Medical and sanitary report of the native army of Bengal for the year
Year: 1874
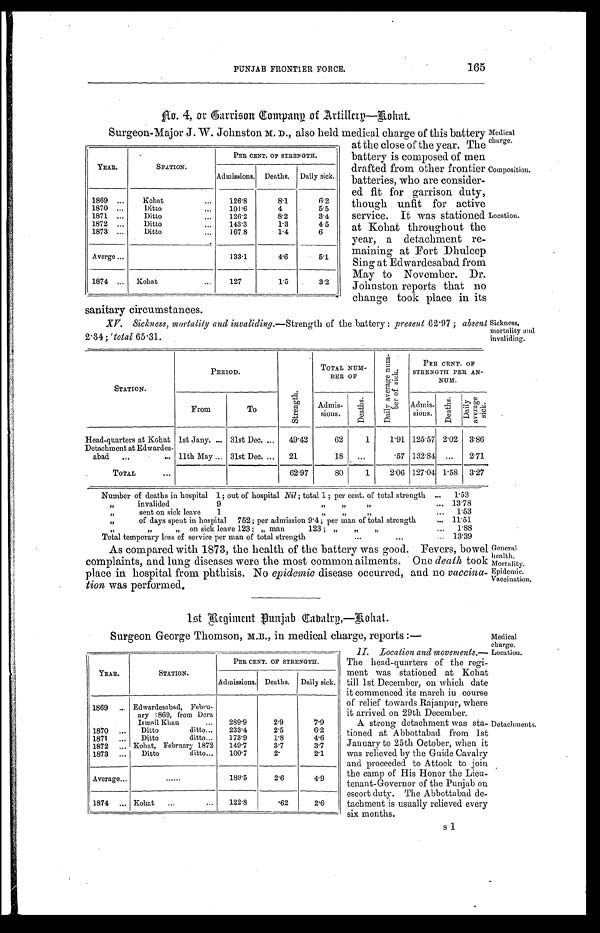
PUNJAB FRONTIER FORCE.
165
No. 4, or Garrison Company of Artillery-Kohat.
Surgeon-Major J. W. Johnston M. D., also held medical charge of this battery
at the close of the year. The
battery is composed of men
drafted from other frontier
batteries, who are consider-
ed fit for garrison duty,
though unfit for active
service. It was stationed
at Kohat throughout the
year, a detachment re-
maining at Fort Dhuleep
Sing at Edwardesabad from
May to November. Dr.
Johnston reports that no
change took place in its
sanitary circumstances.
XV. Sickness, mortality and invaliding.— Strength of the battery: present 62.97; absent
2.34; total 65.31.
YEAR.
STATION.
PER CENT. OF STRENGTH.
Admissions. Deaths. Daily sick.
1869
Kohat
126.8
8.1
6.2
1870
Ditto
101.6
4
5.5
1871
Ditto
126.2
8.2
3.4
1872
Ditto
143.3
1.3
4.5
1873
Ditto
167.8
1.4
6
Averge
133.1
4.6
5.1
1874
Kohat
127
1.5
3.2
Medical
charge.
Composition.
Location.
Sickness,
mortality and
invaliding.
STATION.
PERIOD.
S t r e n g t h .
TOTAL NUM-
BER OF
D a i l y a v e r a g e n u m -
b e r o f s i c k .
PER CENT. OF
STRENGTH PER AN-
NUM.
From
To
Admis-
sions.
D e a t h s .
Admis-
sions.
D e a t h s . D a i l y a v e r a g e s i c k .
Head-quarters at Kohat 1st Jany
31st Dec.
49.42
62
1
1.91 125.57 2.02 3.86
Detachment at Edwardes-
abad
11th May 31st Dec.
21
18
. 5 7 132.84
2.71
TOTAL
62.97
80
1
2.06 127.04 1.58 3.27
Number of deaths in hospital 1; out of hospital Nil; total 1; per cent. of total strength
1.53
„ i n v a l i d e d 9
„ „ „
13.78
„ sent on sick leave 1 „ „ „
1.53
„ of days spent in hospital 752; per admission 9.4; per man of total strength
11.51
„ „ „ o n s i c k l e a v e 1 2 3 ; m a n 1 2 3 ;
„
„
„
1.88
Total temporary loss of service per man of total strength
13.39
As compared with 1873, the health of the battery was good. Fevers, bowel
complaints, and lung diseases were the most common ailments. One death took
place in hospital from phthisis. No epidemic disease occurred, and no vaccina-
tion was performed.
1st Regiment Punjab Cavalry,-Kohat.
• Surgeon George Thomson, M.B., in medical charge, reports:—
II. Location and movements.-
The head-quarters of the regi-
ment was stationed at Kohat
till 1st December, on which date
it commenced its march in course
of relief towards Rajanpur, where
it arrived on 29th December.
A strong detachment was sta-
tioned at Abbottabad from 1st
January to 25th October, when it
was relieved by the Guide Cavalry
and proceeded to Attock to join
the camp of His Honor the Lieu-
tenant-Governor of the Punjab on
escort duty. The Abbottabad de-
tachment is usually relieved every
six months.
YEAR.
STATION.
PER CENT. OF STRENGTH.
Admissions. Deaths. Daily sick.
1869
Edwardesabad, Febru-
ary 1869, from Dera
Ismail Khan
289. 9
2.9
7.9
1870
Ditto ditto
233.4
2.5
6.2
1871
Ditto ditto
173.9
1.8
4.6
1872
Kohat, February 1872 149. 7
3 . 7
3.7
1873
Ditto ditto
100.7
2.
2.1
Average
189.5
2 . 6
4.9
1874
Kohat
122.8
.62
2 . 6
General
health.
Mortality.
Epidemic.
Vaccination.
Medical
charge.
Location.
Detachments.